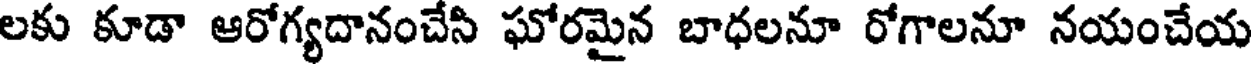
లకు కూడా ఆరోగ్యదానంచేసి ఘోరమైన బాధలనూ రోగాలనూ నయంచేయ